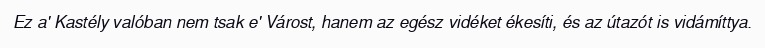
Ez a' Kastély valóban nem tsak e' Várost, hanem az egész vidéket ékesíti, és az útazót is vidámíttya.